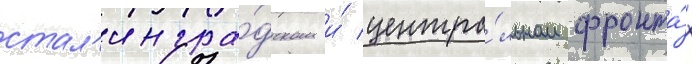
стал'ингра́дском и́ центра́льном фронта́х